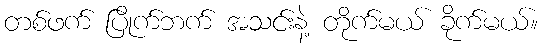
တစ်ဖက် ပြိုက်ဘက် အသင်းနဲ့ တိုက်မယ် ခိုက်မယ်။